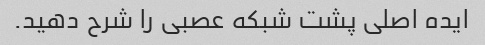
ایده اصلی پشت شبکه عصبی را شرح دهید.